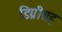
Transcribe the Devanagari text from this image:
डिग्रीसह